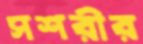
সশরীর